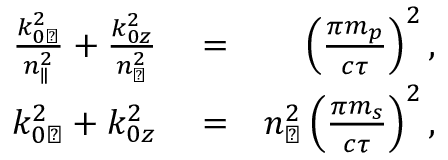
\begin{array} { r l r } { \frac { k _ { 0 \perp } ^ { 2 } } { n _ { \parallel } ^ { 2 } } + \frac { k _ { 0 z } ^ { 2 } } { n _ { \perp } ^ { 2 } } } & { { } = } & { \left( \frac { \pi m _ { p } } { c \tau } \right) ^ { 2 } , } \\ { k _ { 0 \perp } ^ { 2 } + k _ { 0 z } ^ { 2 } } & { { } = } & { n _ { \perp } ^ { 2 } \left( \frac { \pi m _ { s } } { c \tau } \right) ^ { 2 } , } \end{array}